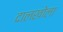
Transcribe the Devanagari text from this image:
दालखोला